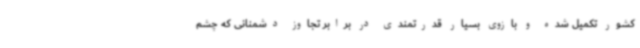
کشور تکمیل شده و بازوی بسیار قدرتمندی در برابر تجاوز دشمنانی که چشم